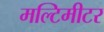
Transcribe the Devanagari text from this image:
मल्टिमीटर